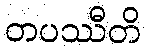
တပဿီတိ